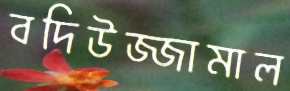
বদিউজ্জামাল